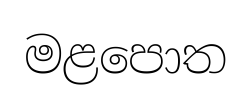
මළපොත